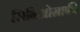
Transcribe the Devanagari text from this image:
सिनिओग्राफी